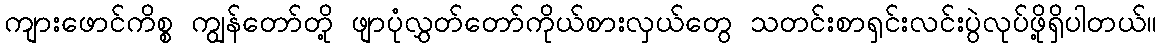
ကျားဖောင်ကိစ္စ ကျွန်တော်တို့ ဖျာပုံလွှတ်တော်ကိုယ်စားလှယ်တွေ သတင်းစာရှင်းလင်းပွဲလုပ်ဖို့ရှိပါတယ်။